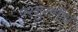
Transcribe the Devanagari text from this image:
परशुरामीय